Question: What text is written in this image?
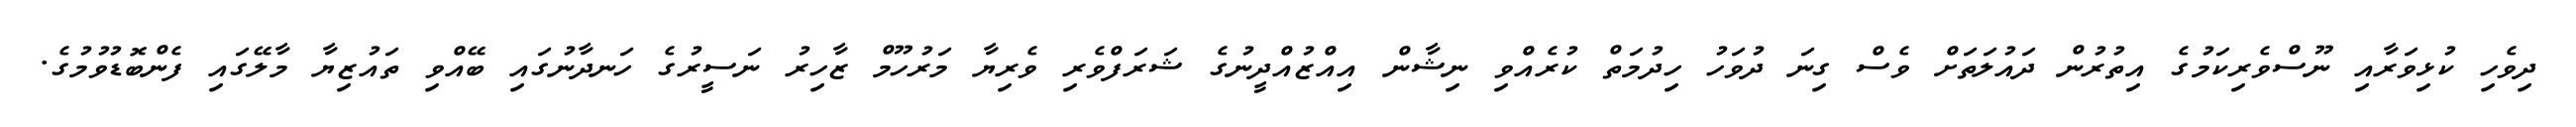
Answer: ދިވެހި ކުޅިވަރާއި ނޫސްވެރިކަމުގެ އިތުރުން ދައުލަތަށް ވެސް ގިނަ ދުވަހު ހިދުމަތް ކުރެއްވި ނިޝާން އިއްޒުއްދީނުގެ ޝަރަފްވެރި ވެރިޔާ މަރުހޫމް ޒާހިރު ނަސީރުގެ ހަނދާނުގައި ބޭއްވި ތައުޒިޔާ މާލޭގައި ފެންބޮޑުވުމުގެ.